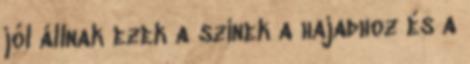
jól állnak ezek a színek a hajadhoz és a